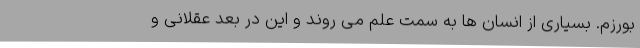
بورزم. بسیاری از انسان ها به سمت علم می روند و این در بعد عقلانی و